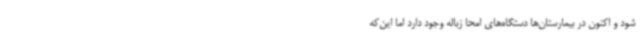
شود و اکنون در بیمارستان‌ها دستگاه‌های امحا زباله وجود دارد اما این‌که